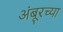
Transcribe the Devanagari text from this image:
अंबूरच्या